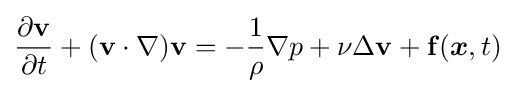
{\frac {\partial \mathbf {v} }{\partial t}}+(\mathbf {v} \cdot \nabla )\mathbf {v} =-{\frac {1}{\rho }}\nabla p+\nu \Delta \mathbf {v} +\mathbf {f} ({\boldsymbol {x}},t)